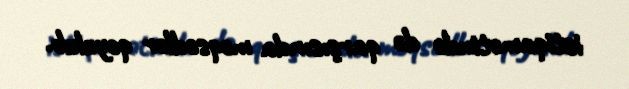
istiqamətində də qarşısında məqsədlər qoyulub.